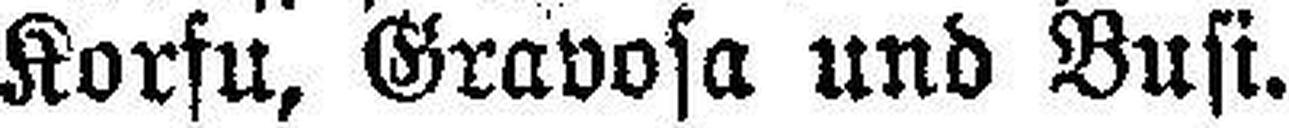
Korfu, Gravosa und Busi.